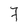
Character: 7